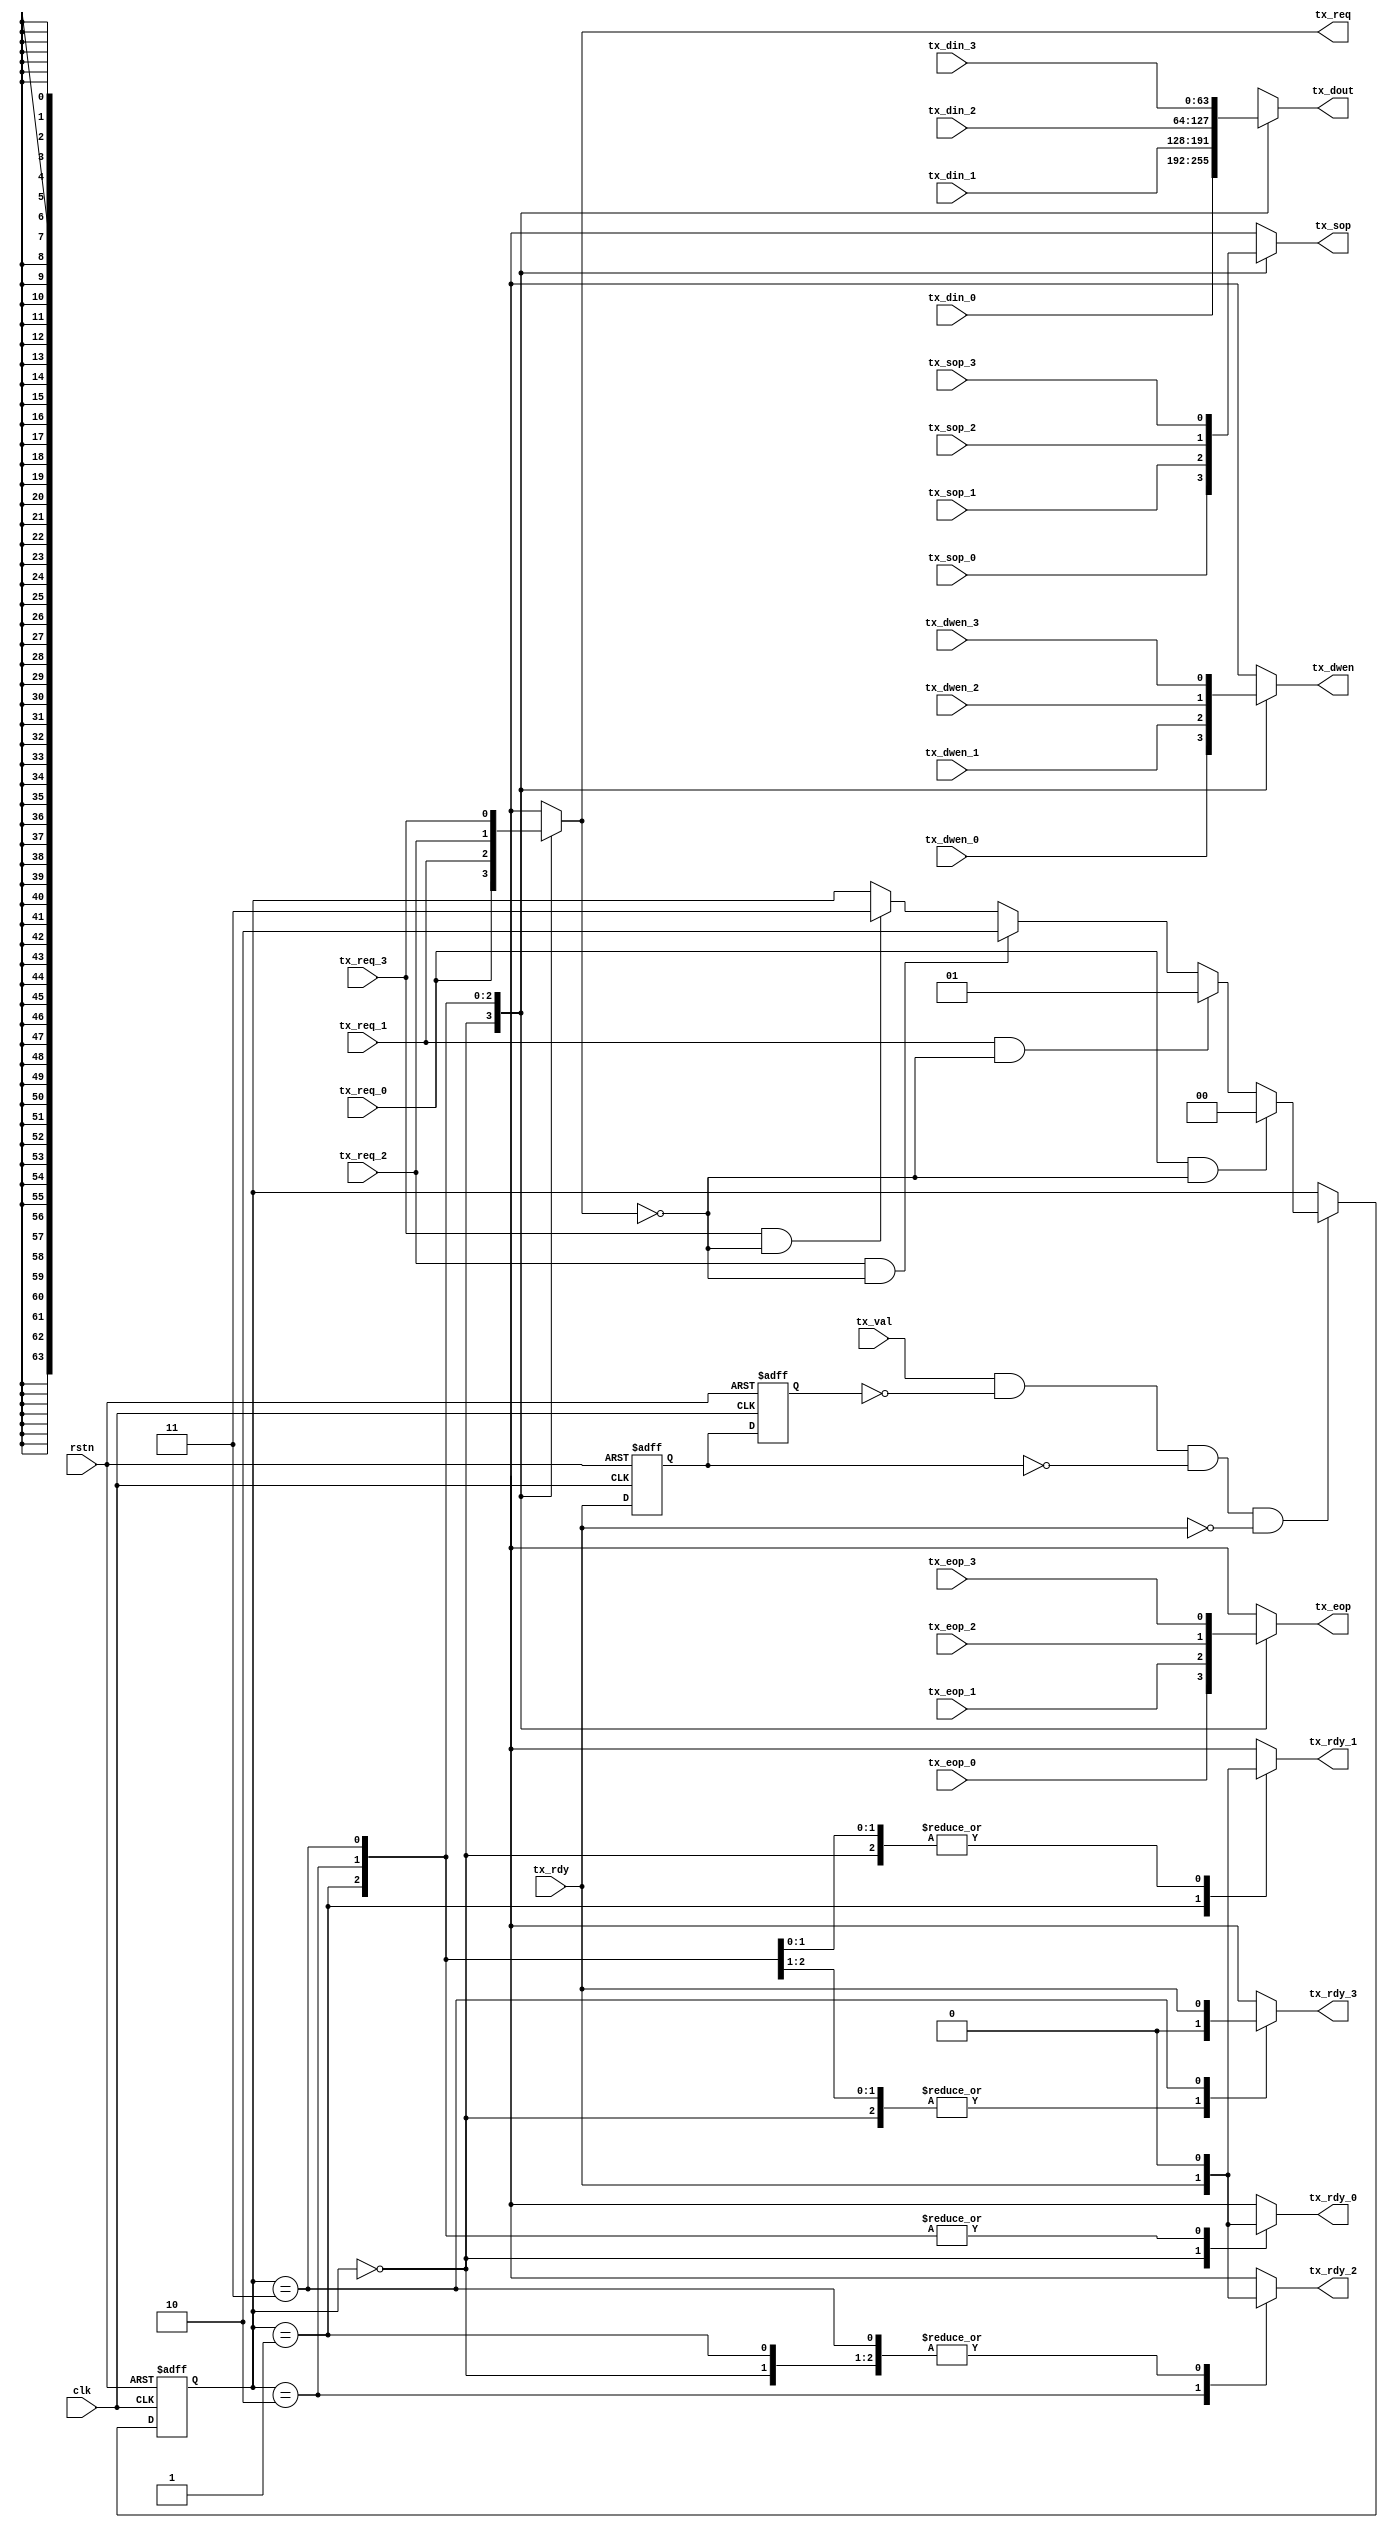
// $Id: ip_tx_arbiter.v,v 1.1.1.1 2008/07/01 17:34:22 jfreed Exp $

module ip_tx_arbiter #(parameter c_DATA_WIDTH = 64)
(clk, rstn, tx_val,
                  tx_req_0, tx_din_0, tx_sop_0, tx_eop_0, tx_dwen_0,                 
                  tx_req_1, tx_din_1, tx_sop_1, tx_eop_1, tx_dwen_1,
                  tx_req_2, tx_din_2, tx_sop_2, tx_eop_2, tx_dwen_2,
                  tx_req_3, tx_din_3, tx_sop_3, tx_eop_3, tx_dwen_3,
                  tx_rdy_0, tx_rdy_1, tx_rdy_2, tx_rdy_3,
                  tx_req, tx_dout, tx_sop, tx_eop, tx_dwen,
                  tx_rdy                  
);  

input clk;
input rstn;
input tx_val;

input tx_req_0;
input [c_DATA_WIDTH-1:0] tx_din_0;
input tx_sop_0;
input tx_eop_0;
input tx_dwen_0;
output tx_rdy_0;

input tx_req_1;
input [c_DATA_WIDTH-1:0] tx_din_1;
input tx_sop_1;
input tx_eop_1;
input tx_dwen_1;
output tx_rdy_1;

input tx_req_2;
input [c_DATA_WIDTH-1:0] tx_din_2;
input tx_sop_2;
input tx_eop_2;
input tx_dwen_2;
output tx_rdy_2;

input tx_req_3;
input [c_DATA_WIDTH-1:0] tx_din_3;
input tx_sop_3;
input tx_eop_3;
input tx_dwen_3;
output tx_rdy_3;

output tx_req;
output [c_DATA_WIDTH-1:0] tx_dout;
output tx_sop;
output tx_eop;
output tx_dwen;
input tx_rdy;

reg tx_req;
reg [c_DATA_WIDTH-1:0] tx_dout;
reg tx_sop;
reg tx_eop;
reg tx_dwen;
reg tx_rdy_0;
reg tx_rdy_1;
reg tx_rdy_2;
reg tx_rdy_3;

reg [1:0] rr;
reg tx_rdy_p;
reg tx_rdy_p2;


always @(rr or tx_rdy or 
         tx_req_0 or tx_din_0 or tx_sop_0 or tx_eop_0 or tx_dwen_0 or
         tx_req_1 or tx_din_1 or tx_sop_1 or tx_eop_1 or tx_dwen_1 or
         tx_req_2 or tx_din_2 or tx_sop_2 or tx_eop_2 or tx_dwen_2 or
         tx_req_3 or tx_din_3 or tx_sop_3 or tx_eop_3 or tx_dwen_3  ) 

begin
  
   case (rr)
   2'b00: // Service 0
   begin
     tx_req <= tx_req_0;
     tx_dout <= tx_din_0;
     tx_sop <= tx_sop_0;
     tx_eop <= tx_eop_0;
     tx_dwen <= tx_dwen_0;     
     tx_rdy_0 <= tx_rdy;
     tx_rdy_3 <= 1'b0;
     tx_rdy_2 <= 1'b0;
     tx_rdy_1 <= 1'b0;

   end
   2'b01: // Service 1
   begin
     tx_req <= tx_req_1;
     tx_dout <= tx_din_1;
     tx_sop <= tx_sop_1;
     tx_eop <= tx_eop_1;
     tx_dwen <= tx_dwen_1;     
     tx_rdy_1 <= tx_rdy;
     tx_rdy_3 <= 1'b0;
     tx_rdy_2 <= 1'b0;
     tx_rdy_0 <= 1'b0;

   end
   2'b10: // Service 2
   begin
     tx_req <= tx_req_2;
     tx_dout <= tx_din_2;
     tx_sop <= tx_sop_2;
     tx_eop <= tx_eop_2;
     tx_dwen <= tx_dwen_2;      
     tx_rdy_2 <= tx_rdy;
     tx_rdy_3 <= 1'b0;
     tx_rdy_1 <= 1'b0;
     tx_rdy_0 <= 1'b0;

   end 
   2'b11: // Service 3
   begin
     tx_req <= tx_req_3;
     tx_dout <= tx_din_3;
     tx_sop <= tx_sop_3;
     tx_eop <= tx_eop_3;
     tx_dwen <= tx_dwen_3;      
     tx_rdy_3 <= tx_rdy;
     tx_rdy_2 <= 1'b0;
     tx_rdy_1 <= 1'b0;
     tx_rdy_0 <= 1'b0;

   end 
   default:
   begin
   end
   endcase

end


// mux control
always @(posedge clk or negedge rstn)
begin
  if (~rstn)
  begin
    rr <= 2'b00;    
    tx_rdy_p <= 1'b0;
    tx_rdy_p2 <= 1'b0;
  end
  else
  begin
    tx_rdy_p <= tx_rdy; // use pipe of tx_rdy to account for getting the tx_end through
    tx_rdy_p2 <= tx_rdy_p;
  
    if (tx_val && ~tx_rdy_p2 && ~tx_rdy_p && ~tx_rdy)
    begin
      if (tx_req_0 && ~tx_req)
        rr <= 2'b00;
      else if (tx_req_1 && ~tx_req)
        rr <= 2'b01;
      else if (tx_req_2 && ~tx_req)
        rr <= 2'b10;
      else if (tx_req_3 && ~tx_req)
        rr <= 2'b11;
    end
  end
end

endmodule